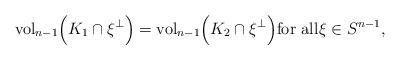
LaTeX: \begin{align*}\mbox{vol}_{n-1}\Big( K_1\cap\xi^\perp\Big) = \mbox{vol}_{n-1}\Big( K_2\cap\xi^\perp\Big) \mbox{for all} \xi\in S^{n-1} ,\end{align*}